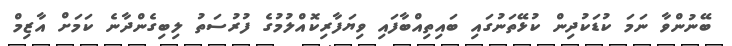
ބޭނުންވާ ނަމަ ކުޑަކުދިން ކުޅޭތަނުގައި ބައިތިއްބާފައި ވިޔަފާރިކޮއްލުމުގެ ފުރުސަތު ލިބިގެންދާނެ ކަމަށް އާޒިމް